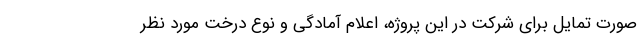
صورت تمایل برای شرکت در این پروژه، اعلام آمادگی و نوع درخت مورد نظر